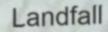
Landfall